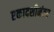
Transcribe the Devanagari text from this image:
एकादशीनंतर